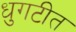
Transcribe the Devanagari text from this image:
धुगटीत